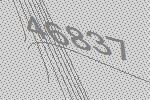
46837